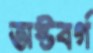
অষ্টবর্গ